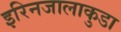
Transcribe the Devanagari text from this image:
इरिनजालाकुडा